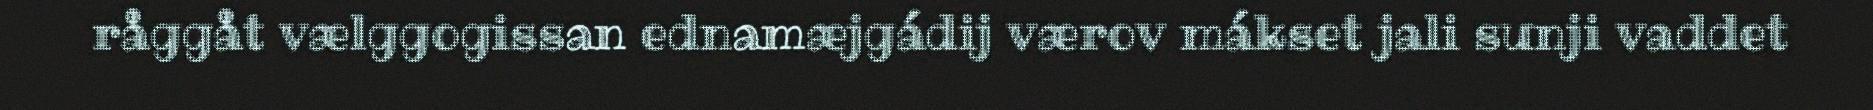
råggåt vælggogissan ednamæjgádij værov mákset jali sunji vaddet